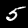
Digit: 5